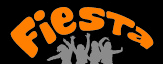
FiesTa